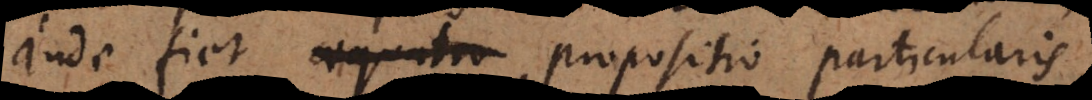
inde fiet propositio particularis